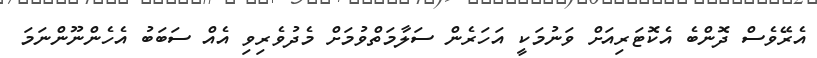
އެރޭވެސް ދޮންބެ އެކޮޓަރިއަށް ވަނުމަކީ އަހަރެން ސަލާމަތްވުމަށް މެދުވެރިވި އެއް ސަބަބު އެހެންނޫންނަމަ